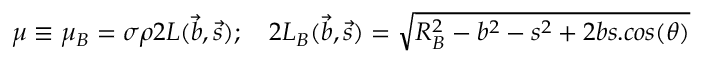
\mu \equiv \mu _ { B } = \sigma \rho 2 L ( \vec { b } , \vec { s } ) ; \quad 2 L _ { B } ( \vec { b } , \vec { s } ) = \sqrt { R _ { B } ^ { 2 } - b ^ { 2 } - s ^ { 2 } + 2 b s . c o s ( \theta ) }